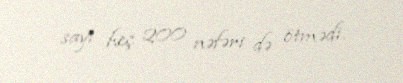
sayı heç 200 nəfəri də ötmədi.